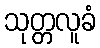
သုတ္တလူခံ